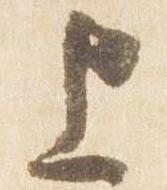
上